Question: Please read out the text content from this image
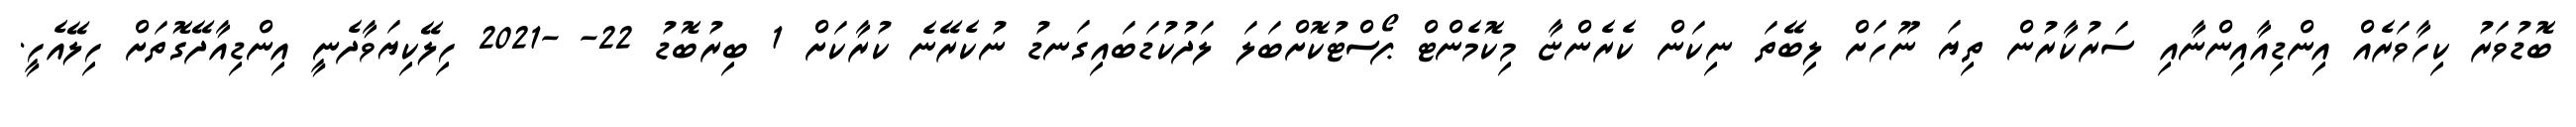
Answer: ބޮޑުވަރު ކިހާވަރެއް އިންޑިއާއިންނާއި ސަރުކާރުން ތިޔަ ނޫހަށް ލިބޭތަ ނިކަން ކެރެންޏާ މިކޮމެންޓް ޕޯސްޓުކޮށްބަލަ ލަދުކުޑަބައިގަނޑު ނުކެރޭނެ ކުރާކަށް 1 ބިރުބޮޑު 22- -2021 ހިލޭކިޔަވާދެނީ އިންޑިއާދޭގޮތަށް ހިލޭއެހީ.